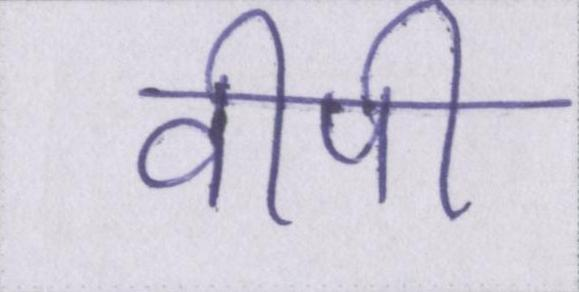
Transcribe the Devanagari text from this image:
वीपी